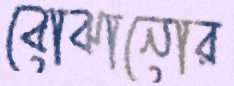
বোঝানোর